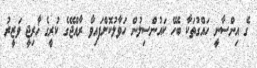
ގެ އިންސާނީ ހައްގުތަކާ ބެހޭ ކައުންސިލުން ހަވާލުކޮށްފައިވާ ރާއްޖޭގެ ކުރީގެ ޚާރިޖީ ވަޒީރު